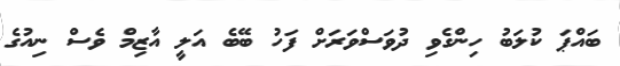
ބައްޕަ ކުލަބު ހިންގެވި ދުވަސްވަރަށް ފަހު ބޭބެ އަލީ އާޒިމް ވެސް ނިއުގެ